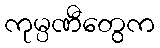
ကုမ္ပဏီတွေက